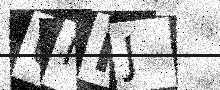
Text: UNPJ